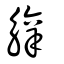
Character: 觪